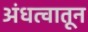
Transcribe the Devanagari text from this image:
अंधत्वातून